65_HS1-834228961_62-HQ-83894_Section_4
Agency: FBI
Page 116
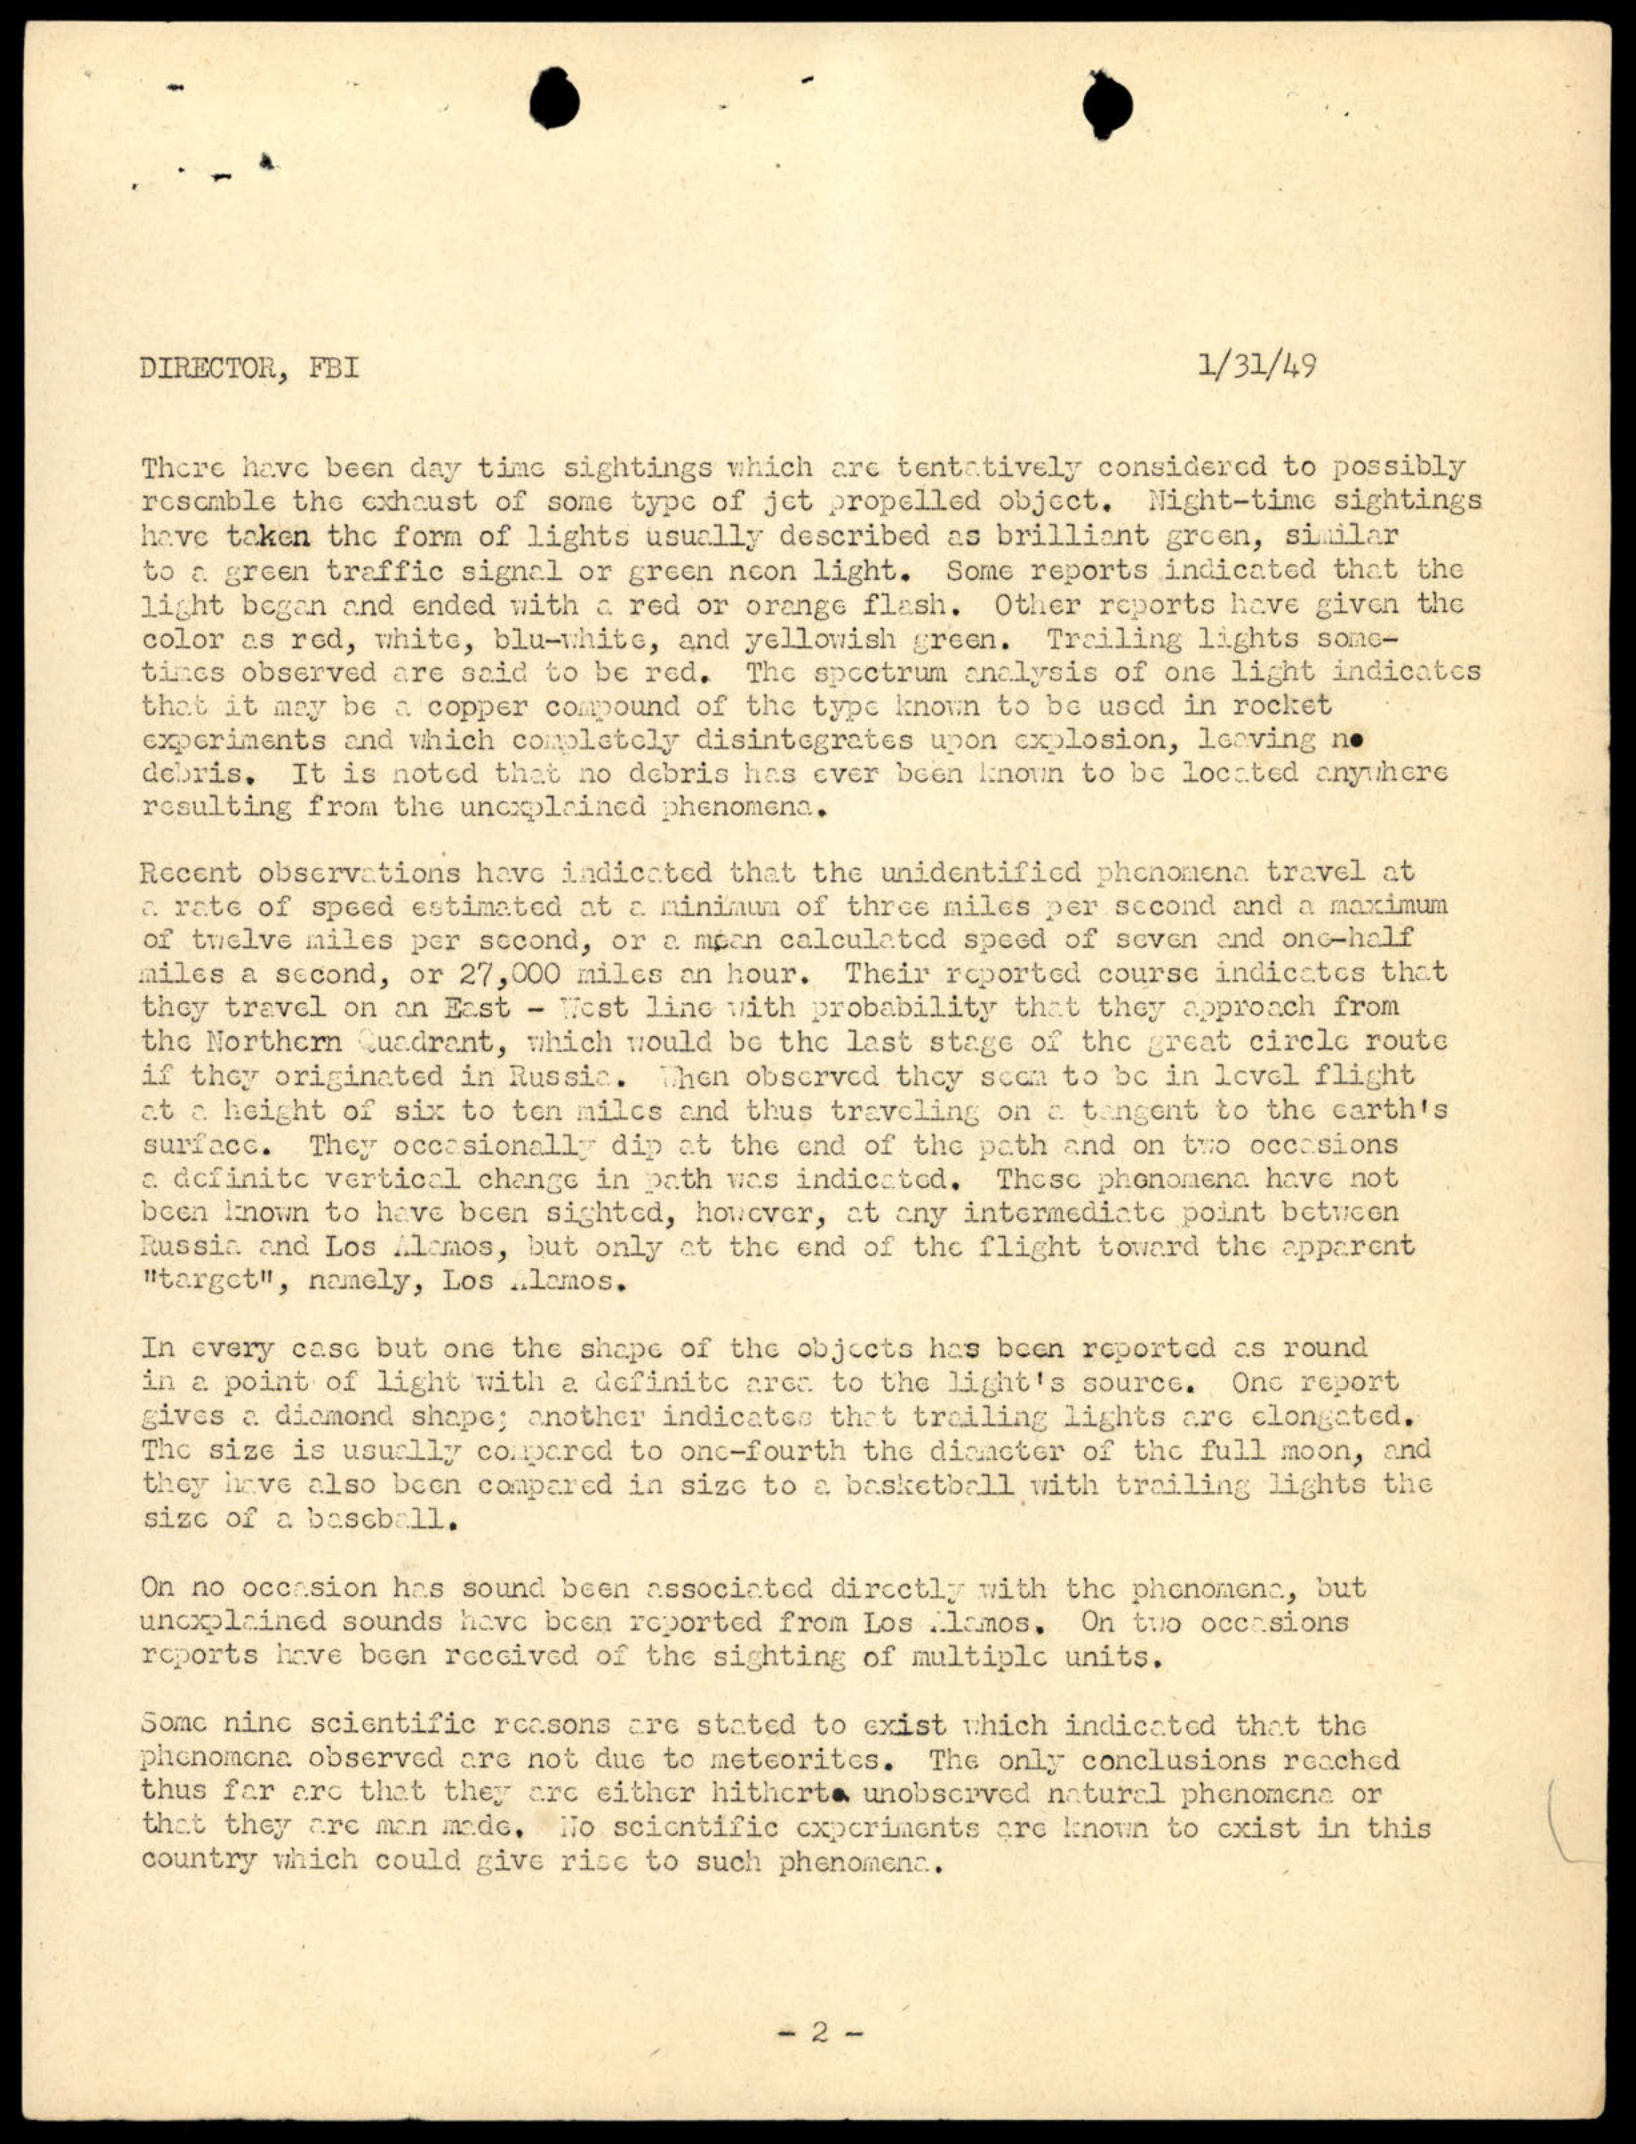